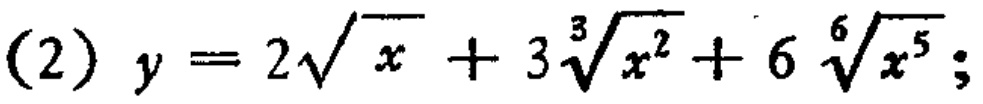
(2) \(y = 2\sqrt{x}+3\sqrt[3]{x^{2}} + 6\sqrt[6]{x^{5}}\);